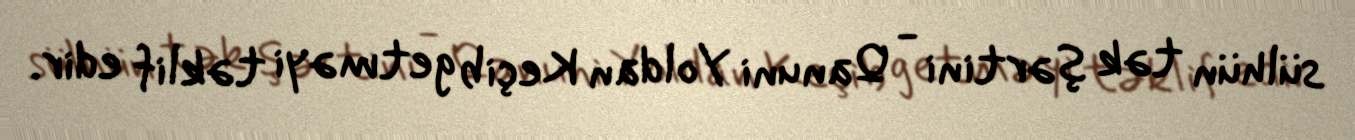
sülhün tək şərtini - Qanuni Yoldan Keçib getməyi təklif edir.